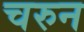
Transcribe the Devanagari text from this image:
चरुन